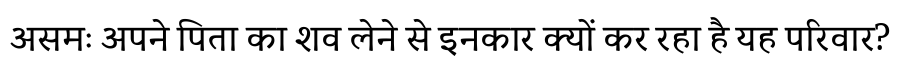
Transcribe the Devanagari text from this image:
असमः अपने पिता का शव लेने से इनकार क्यों कर रहा है यह परिवार?